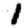
Digit: 1